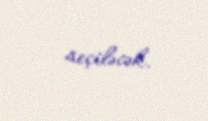
seçiləcək.